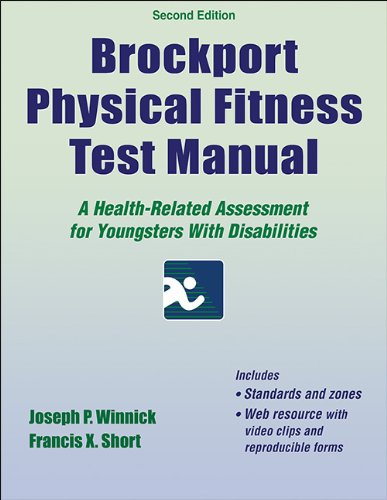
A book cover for Brockport Physical Fitness Test Manual-2nd Edition With Web Resource: A Health-Related Assessment for Youngsters With Disabilities; Joseph Winnick; Health, Fitness & Dieting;